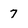
Character: 7